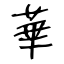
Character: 華